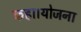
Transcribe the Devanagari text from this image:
कहा।योजना